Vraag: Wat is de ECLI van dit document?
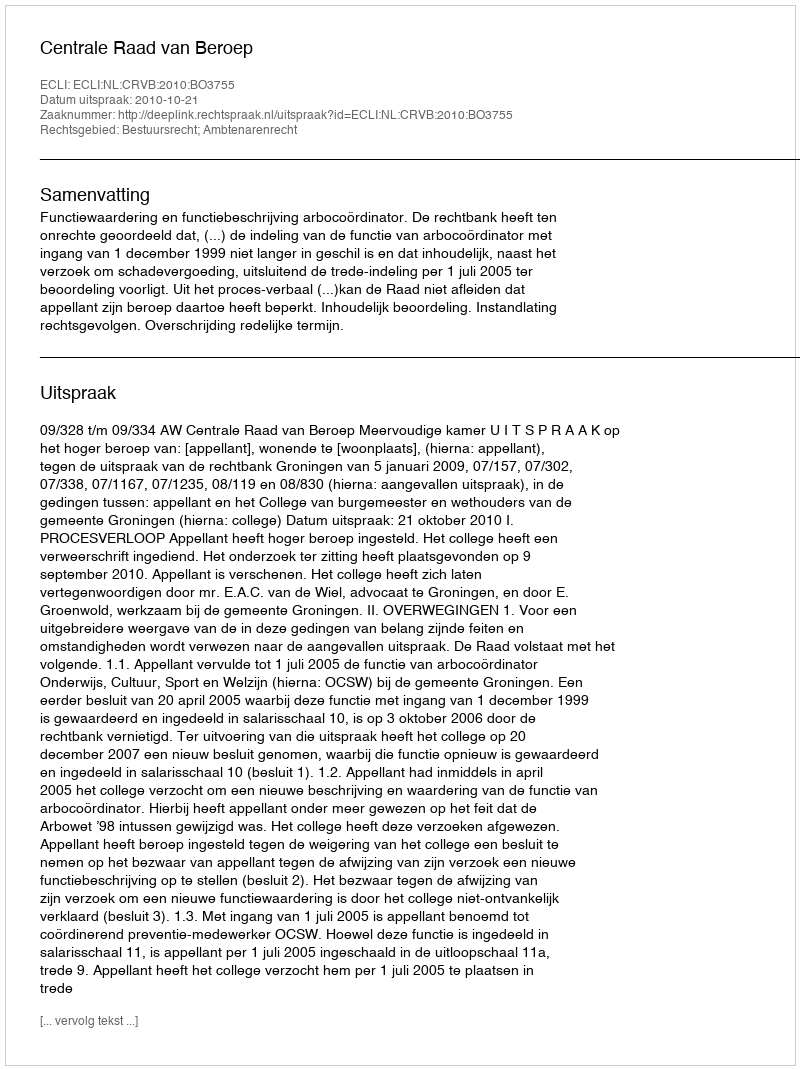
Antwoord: ECLI:NL:CRVB:2010:BO3755